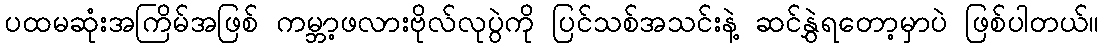
ပထမဆုံးအကြိမ်အဖြစ် ကမ္ဘာ့ဖလားဗိုလ်လုပွဲကို ပြင်သစ်အသင်းနဲ့ ဆင်နွှဲရတော့မှာပဲ ဖြစ်ပါတယ်။